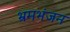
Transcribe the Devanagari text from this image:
भ्रमभंजन